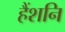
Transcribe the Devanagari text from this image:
हैंशनि